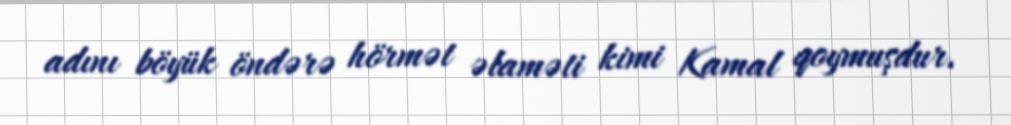
adını böyük öndərə hörmət əlaməti kimi Kamal qoymuşdur.